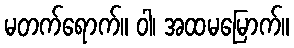
မတက်ရောက်။ ဝါ၊ အထမမြောက်။